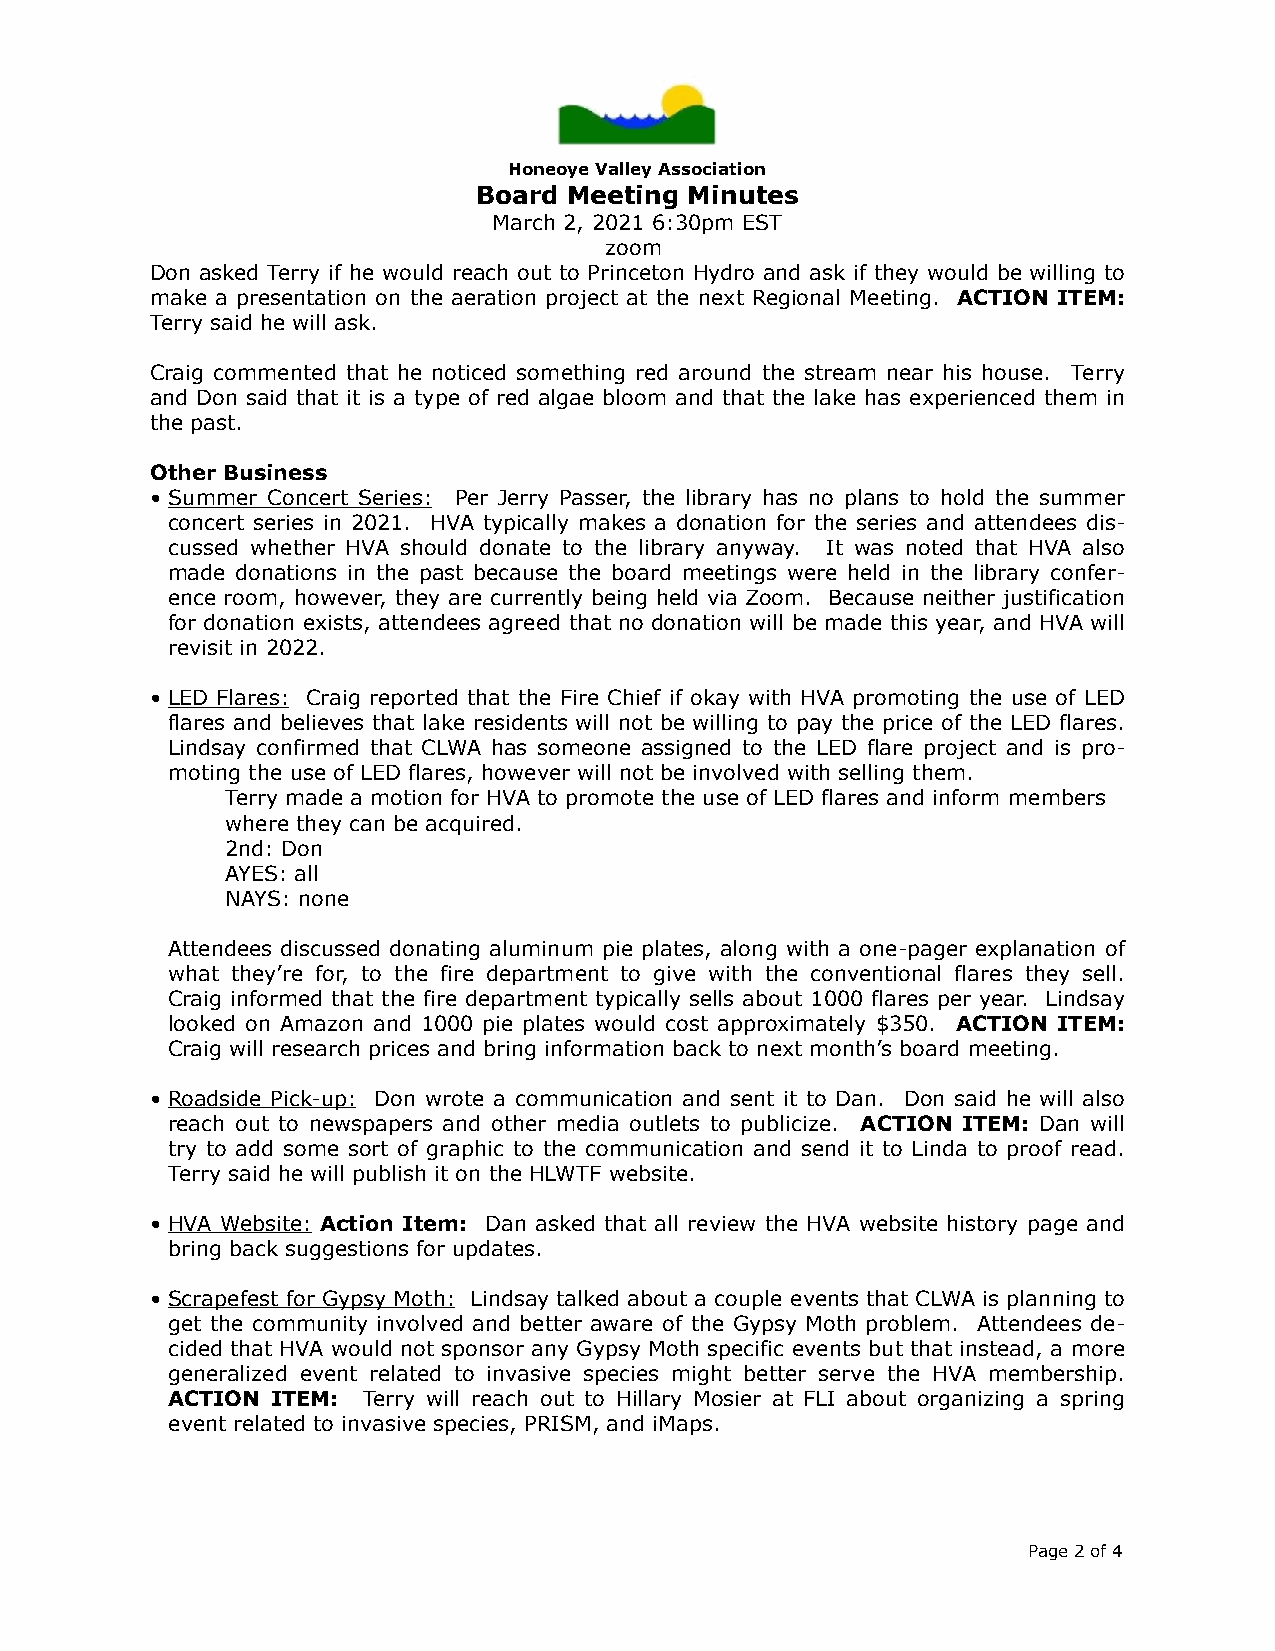
Honeoye Valley Association
 Board Meeting Minutes
 March 2, 2021 6:30pm EST
 zoom
 Don asked Terry if he would reach out to Princeton Hydro and ask if they would be willing to
 make a presentation on the aeration project at the next Regional Meeting. ACTION ITEM:
 Terry said he will ask.
 Craig commented that he noticed something red around the stream near his house. Terry
 and Don said that it is a type of red algae bloom and that the lake has experienced them in
 the past.
 Other Business
 • Summer Concert Series: Per Jerry Passer, the library has no plans to hold the summer
 concert series in 2021. HVA typically makes a donation for the series and attendees dis-
 cussed whether HVA should donate to the library anyway. It was noted that HVA also
 made donations in the past because the board meetings were held in the library confer-
 ence room, however, they are currently being held via Zoom. Because neither justification
 for donation exists, attendees agreed that no donation will be made this year, and HVA will
 revisit in 2022.
 • LED Flares: Craig reported that the Fire Chief if okay with HVA promoting the use of LED
 flares and believes that lake residents will not be willing to pay the price of the LED flares.
 Lindsay confirmed that CLWA has someone assigned to the LED flare project and is pro-
 moting the use of LED flares, however will not be involved with selling them.
 Terry made a motion for HVA to promote the use of LED flares and inform members
 where they can be acquired.
 2nd: Don
 AYES: all
 NAYS: none
 Attendees discussed donating aluminum pie plates, along with a one-pager explanation of
 what they’re for, to the fire department to give with the conventional flares they sell.
 Craig informed that the fire department typically sells about 1000 flares per year. Lindsay
 looked on Amazon and 1000 pie plates would cost approximately $350. ACTION ITEM:
 Craig will research prices and bring information back to next month’s board meeting.
 • Roadside Pick-up: Don wrote a communication and sent it to Dan. Don said he will also
 reach out to newspapers and other media outlets to publicize. ACTION ITEM: Dan will
 try to add some sort of graphic to the communication and send it to Linda to proof read.
 Terry said he will publish it on the HLWTF website.
 • HVA Website: Action Item: Dan asked that all review the HVA website history page and
 bring back suggestions for updates.
 • Scrapefest for Gypsy Moth: Lindsay talked about a couple events that CLWA is planning to
 get the community involved and better aware of the Gypsy Moth problem. Attendees de-
 cided that HVA would not sponsor any Gypsy Moth specific events but that instead, a more
 generalized event related to invasive species might better serve the HVA membership.
 ACTION ITEM: Terry will reach out to Hillary Mosier at FLI about organizing a spring
 event related to invasive species, PRISM, and iMaps.
 Page 2 of 4